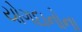
યોગદાનોના